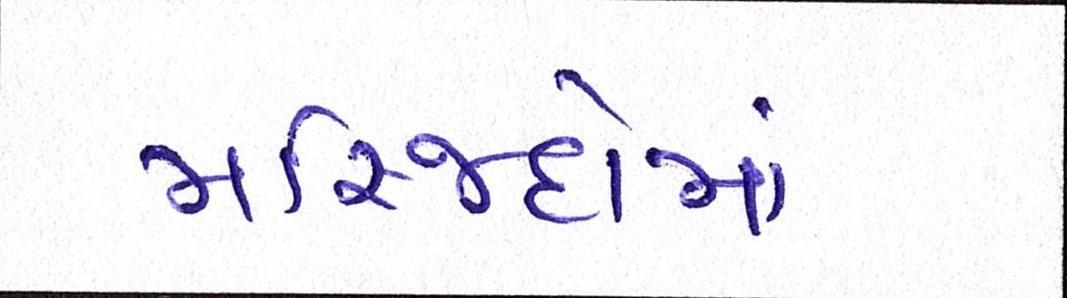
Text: મસ્જિદોમાં